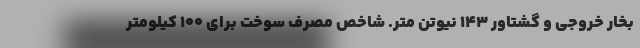
بخار خروجی و گشتاور 143 نیوتن متر. شاخص مصرف سوخت برای 100 کیلومتر